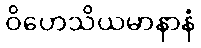
ဝိဟေသိယမာနာနံ